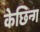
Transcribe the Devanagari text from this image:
केछिन्ग